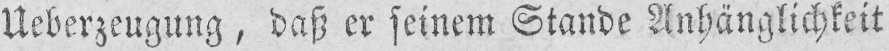
Ueberzeugung, dass er seinem Stande Anhänglichkeit